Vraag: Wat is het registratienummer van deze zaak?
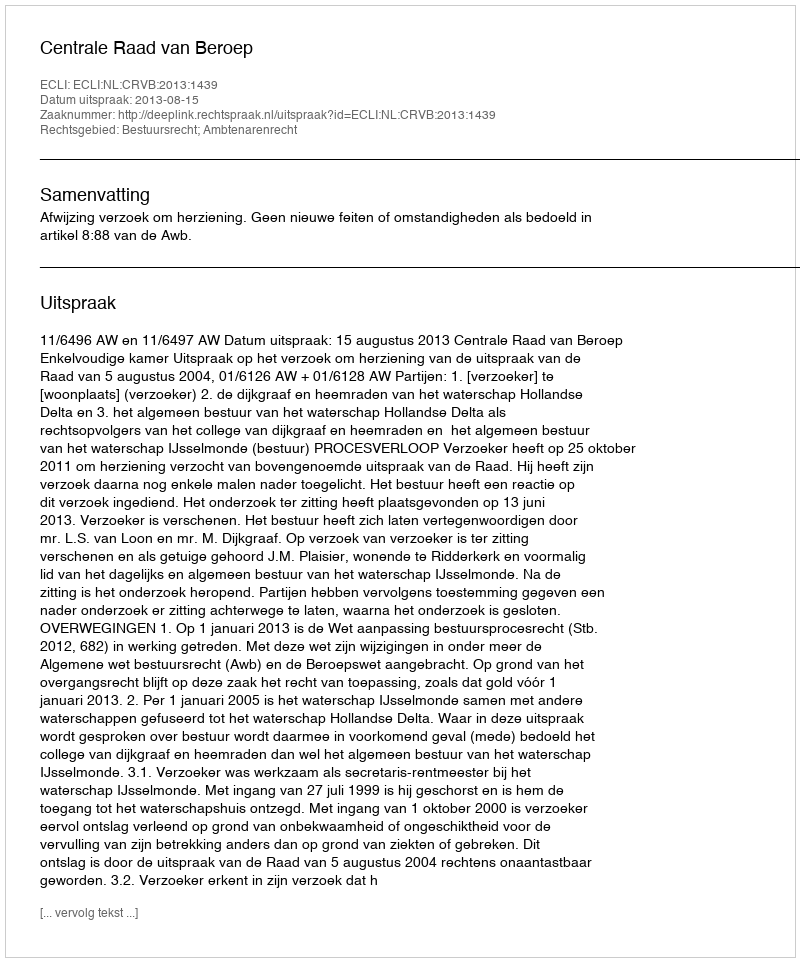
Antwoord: http://deeplink.rechtspraak.nl/uitspraak?id=ECLI:NL:CRVB:2013:1439